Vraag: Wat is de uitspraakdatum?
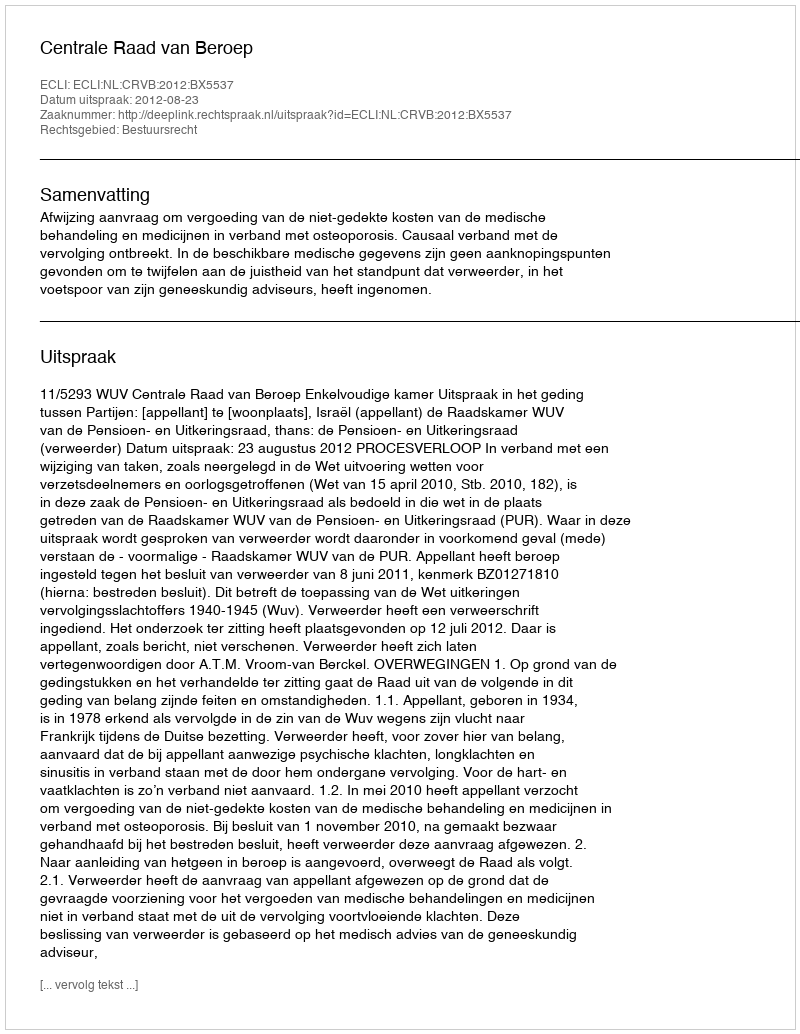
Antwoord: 2012-08-23